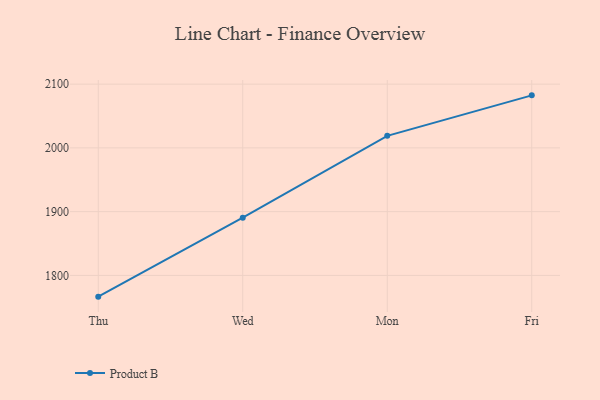
{"axis": {"x": "Day", "y": "Satisfaction Score"}, "legend": ["Product B"], "data": [{"x": "Thu", "y": 1766.7, "type": "Product B"}, {"x": "Wed", "y": 1890.5, "type": "Product B"}, {"x": "Mon", "y": 2018.9, "type": "Product B"}, {"x": "Fri", "y": 2082.4, "type": "Product B"}]}